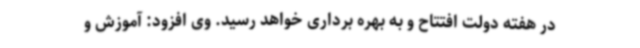
در هفته دولت افتتاح و به بهره برداری خواهد رسید. وی افزود: آموزش و